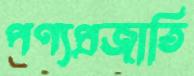
পণ্যপ্রজাতি